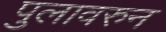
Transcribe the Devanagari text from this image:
पुलावरुन